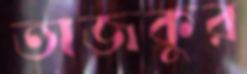
তাজকুর